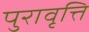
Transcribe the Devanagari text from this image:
पुरावृत्ति